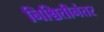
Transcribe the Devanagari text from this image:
निश्चितीनंतर